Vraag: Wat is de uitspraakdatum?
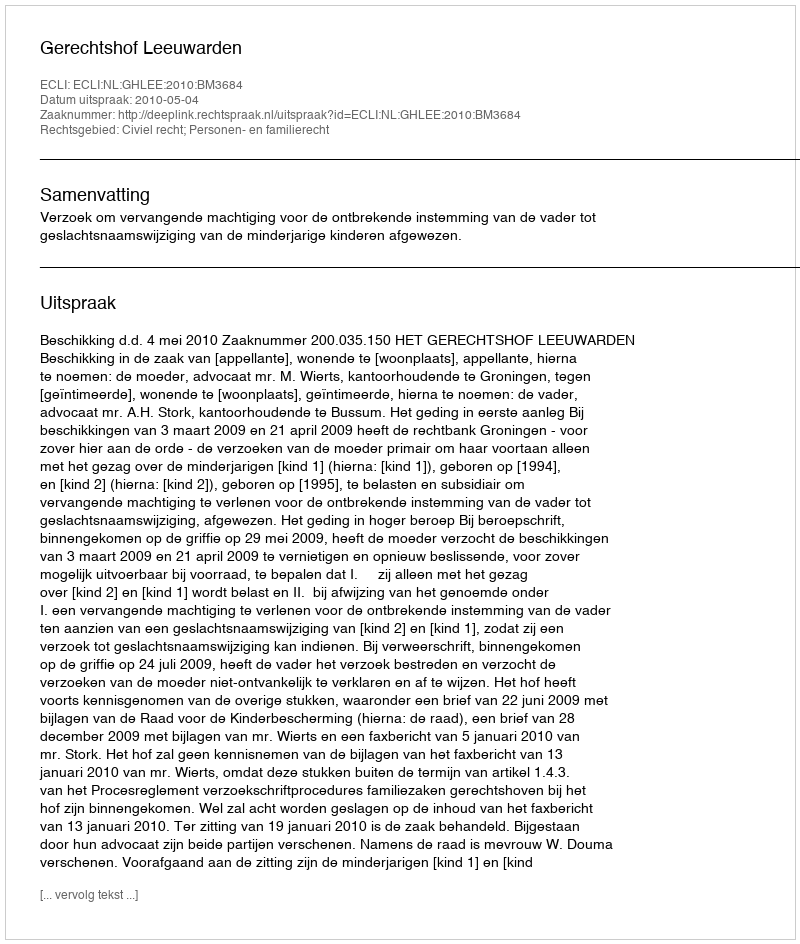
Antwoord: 2010-05-04